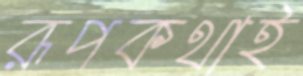
রূপকথাই